Annual report on the mental hospital in the Central Provinces and Berar (Nagpur) - 1927-1951
Year: 1927
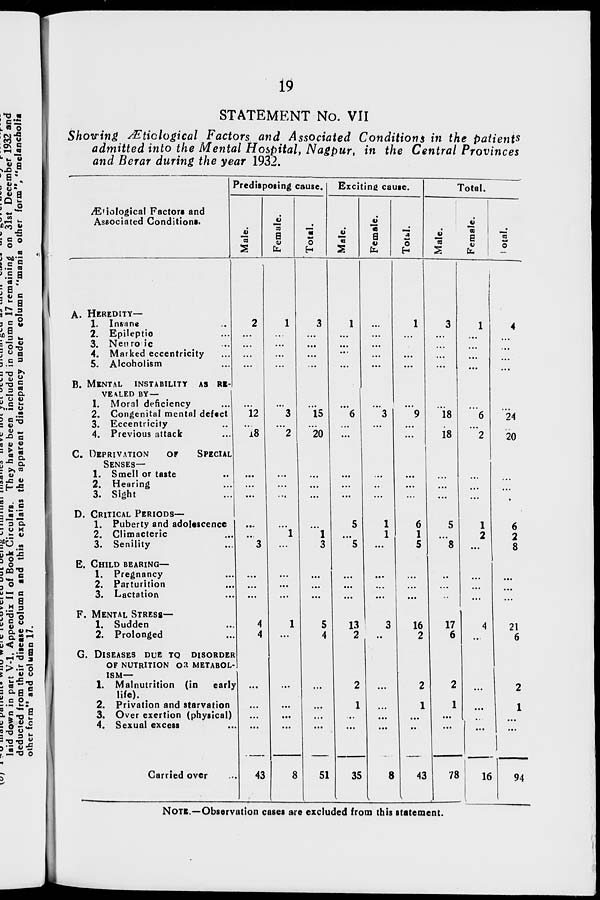
19
STATEMENT No. VII
Showing Ætiological Factors and Associated Conditions in the patients
admitted into the Mental Hospital, Nagpur, in the Central Provinces
and Berar during the year 1932.
Ætiological Factors and
Associated Conditions.
A. HEREDITY—
1. Insane ...
2. Epileptic ...
3. Neurotic ...
4. Marked eccentricity ...
5. Alcoholism ...
B. MENTAL INSTABILITY AS RE-
VEALED BY —
1. Moral deficiency ...
2. Congenital mental defect
3. Eccentricity ...
4. Previous attack ...
C. DEPRIVATION
OF SPECIAL
SENSES—
1. Smell or taste ...
2. Hearing ...
3. Sight ...
D. CRITICAL PERIODS—
1. Puberty and adolescence
2. Climacteric ...
3. Senility ...
E. CHILD BEARING—
1. Pregnancy ...
2. Parturition ...
3. Lactation ...
F. MENTAL STRESS—
1. Sudden ...
2. Prolonged ...
G. DISEASES DUE TO DISORDER
OF NUTRITION OR MENTBOL-
----
1. Malnutrition (in early
life).
2. Privation and starvation
3. Over exertion (physical)
4. Sexual excess ...
Carried over ...
Predisposing cause.
Male.
2
...
...
...
...
...
12
...
18
...
...
...
...
...
3
...
...
...
4
4
...
...
...
...
43
Female.
1
...
...
...
...
...
3
...
2
...
...
...
...
1
...
...
...
...
1
...
...
...
...
...
8
Total.
3
...
...
...
...
...
15
...
20
...
...
...
...
1
3
...
...
...
5
4
...
...
...
...
51
Exciting cause.
Male.
1
...
...
...
...
...
6
...
...
...
...
...
5
...
5
...
...
...
13
2
2
1
...
...
35
Female.
...
...
...
...
...
...
3
...
...
...
...
...
1
1
...
...
...
...
3
...
...
...
...
...
8
Total.
1
...
...
...
...
...
9
...
...
...
...
...
6
1
5
...
...
...
16
2
2
1
...
...
43
Total.
Male.
3
...
...
...
...
...
18
...
18
...
...
...
5
...
8
...
...
...
17
6
2
1
...
...
78
Female.
1
...
...
...
...
...
6
...
2
...
...
...
1
2
...
...
...
...
4
...
...
...
...
...
16
Total.
4
...
...
...
...
...
24
...
20
...
...
...
6
2
8
...
...
...
21
6
2
1
...
...
94
NOTE.—Observation cases are excluded from this statement.